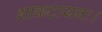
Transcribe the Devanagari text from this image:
शाकटायनः।